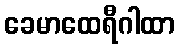
ခေမာထေရီဂါထာ